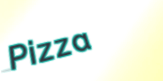
Pizza